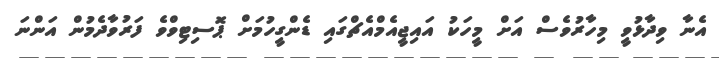
އެނާ ވިދާޅުވީ މިހާރުވެސް އަށް މީހަކު އައިޖީއެމްއެޗްގައި ޑެންގީހުމަށް ޕޮސިޓިވްވެ ފަރުވާދެމުން އަންނަ